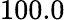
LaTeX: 100.0